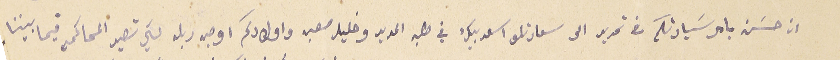
ان حسَن بامر سَيادتكم في تحرير الى سعادتلو اسعد بيك في طلبه المدير وخليل صعب واولادكم اوجه ربله لكي تصير المحاكم فيما بيننا